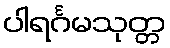
ပါရင်္ဂမသုတ္တ